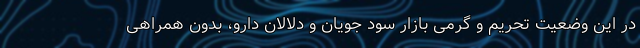
در این وضعیت تحریم و گرمی بازار سود جویان و دلالان دارو، بدون همراهی